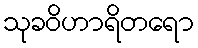
သုခဝိဟာရိတရော